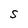
Character: S